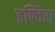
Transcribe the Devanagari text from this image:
इफ्तिरा